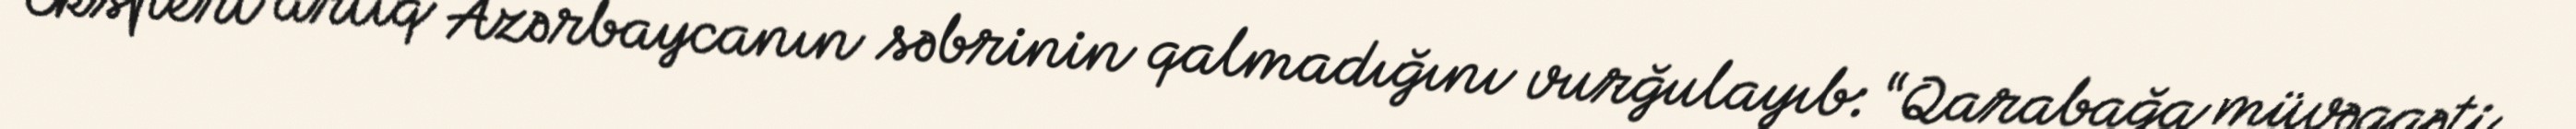
Ekspert artıq Azərbaycanın səbrinin qalmadığını vurğulayıb: “Qarabağa müvəqqəti